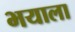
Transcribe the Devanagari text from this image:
भयाला